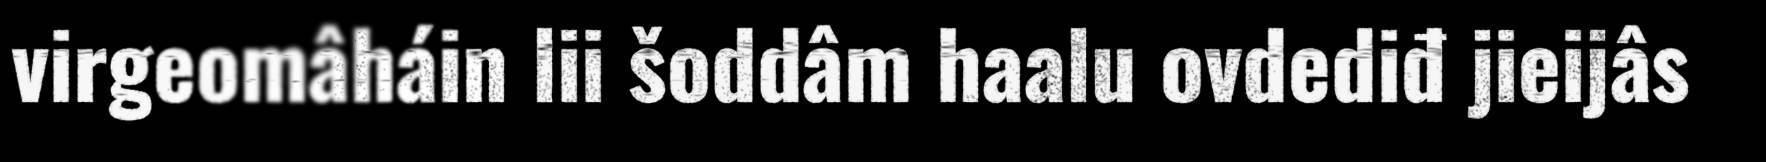
virgeomâháin lii šoddâm haalu ovdediđ jieijâs